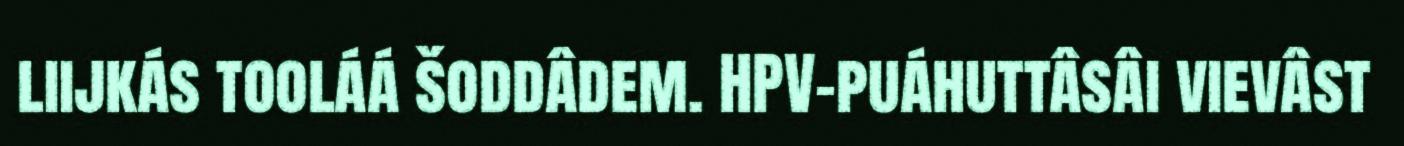
liijkás tooláá šoddâdem. HPV-puáhuttâsâi vievâst